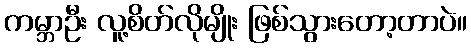
ကမ္ဘာဦး လူ့စိတ်လိုမျိုး ဖြစ်သွားတော့တာပဲ။